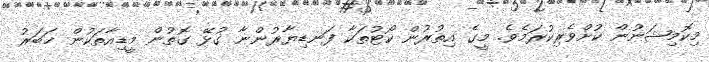
މިކޮމިޝަނުން ކުށްވެރިކުރަމެވެ. މީގެ އިތުރުން ކޯޓުތަކާ ފަނޑިޔާރުންނާ ގުޅޭ ގޮތުން މީޑިއާތަކުން ޚަބަރު